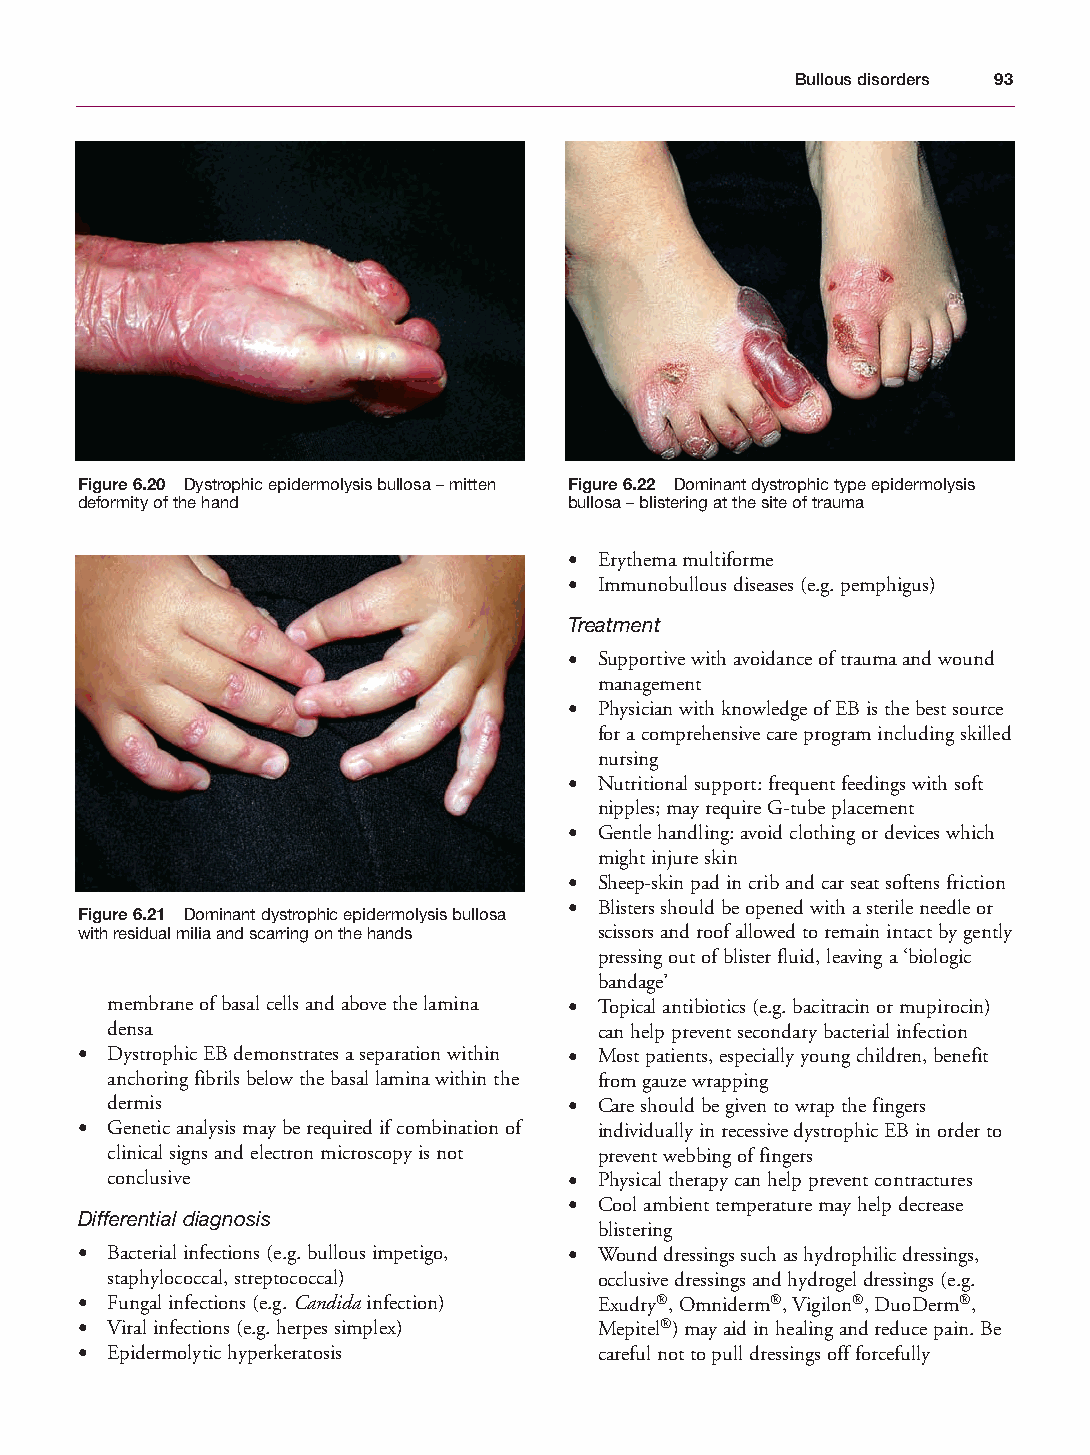
Mallory Chapter 06 27/1/05 1:45 pm Page 93
 Bullous disorders 93
 Figure 6.20 Dystrophic epidermolysis bullosa – mitten Figure 6.22 Dominant dystrophic type epidermolysis
 deformity of the hand            bullosa – blistering at the site of trauma
 • Erythema multiforme
 • Immunobullous diseases (e.g. pemphigus)
 Treatment
 • Supportive with avoidance of trauma and wound
 management
 • Physician with knowledge of EB is the best source
 for a comprehensive care program including skilled
 nursing
 • Nutritional support: frequent feedings with soft
 nipples; may require G-tube placement
 • Gentle handling: avoid clothing or devices which
 might injure skin
 • Sheep-skin pad in crib and car seat softens friction
 • Blisters should be opened with a sterile needle or
 Figure 6.21 Dominant dystrophic epidermolysis bullosa
 with residual milia and scarring on the hands scissors and roof allowed to remain intact by gently
 pressing out of blister fluid, leaving a ‘biologic
 bandage’
 membrane of basal cells and above the lamina • Topical antibiotics (e.g. bacitracin or mupirocin)
 densa                            can help prevent secondary bacterial infection
 • Dystrophic EB demonstrates a separation within • Most patients, especially young children, benefit
 anchoring fibrils below the basal lamina within the from gauze wrapping
 dermis                         • Care should be given to wrap the fingers
 • Genetic analysis may be required if combination of individually in recessive dystrophic EB in order to
 clinical signs and electron microscopy is not prevent webbing of fingers
 conclusive                     • Physical therapy can help prevent contractures
 • Cool ambient temperature may help decrease
 Differential diagnosis
 blistering
 • Bacterial infections (e.g. bullous impetigo, • Wound dressings such as hydrophilic dressings,
 staphylococcal, streptococcal)   occlusive dressings and hydrogel dressings (e.g.
 • Fungal infections (e.g. Candidainfection) Exudry®, Omniderm®, Vigilon®, DuoDerm®,
 • Viral infections (e.g. herpes simplex) Mepitel®) may aid in healing and reduce pain. Be
 • Epidermolytic hyperkeratosis     careful not to pull dressings off forcefully